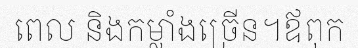
ពេល និងកម្លាំងច្រើន។ឪពុក